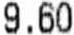
9.60